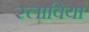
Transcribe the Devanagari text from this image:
स्लाविया